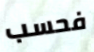
فحسب